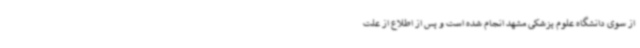
از سوی دانشگاه علوم پزشکی مشهد انجام شده است و پس از اطلاع از علت